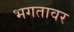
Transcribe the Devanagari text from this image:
भगतावर